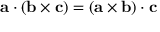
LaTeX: \mathbf { a } \cdot ( \mathbf { b } \times \mathbf { c } ) = ( \mathbf { a } \times \mathbf { b } ) \cdot \mathbf { c }